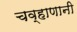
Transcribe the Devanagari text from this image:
चव्हाणानी